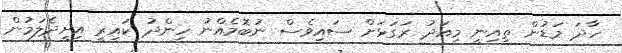
ހާދަ މަޑުން ތިއިނީ މިއަދު ރަގަޅަށް ސައިވެސް ނުބޮމެއްނު ހިންދު ކައިރީ އިށީދެލަމުން